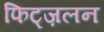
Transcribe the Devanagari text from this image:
फिट्ज़लन